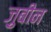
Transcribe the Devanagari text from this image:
ज़ुबीन